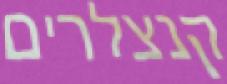
קנצלרים